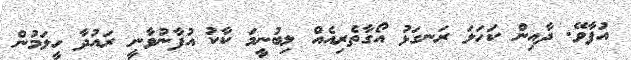
އުފާވޭ. ދާއިން ކަހަލަ ރަނގަޅު އޯގާތެރިއެއް ލިބުނީމަ ކާކު އުފާނުވާނީ ރައުދާ ހީލަމުން